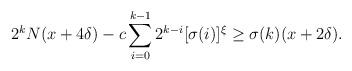
LaTeX: \begin{align*}2^k N(x+4\delta)- c\sum_{i=0}^{k-1}2^{k-i}[\sigma(i)]^{\xi} \ge \sigma(k)(x+2\delta). \end{align*}